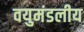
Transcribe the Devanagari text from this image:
वयुमंडलीय